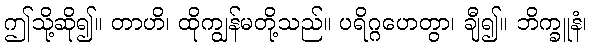
ဤသို့ဆို၍။ တာဟိ၊ ထိုကျွန်မတို့သည်။ ပရိဂ္ဂဟေတွာ၊ ချီ၍။ ဘိက္ခူနံ၊